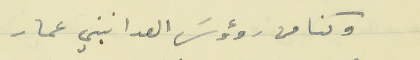
وكنا من رؤوسَ العدا نبني عمار